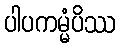
ပါပကမ္မံပိဿ